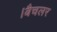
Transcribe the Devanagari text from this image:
।बैचलर